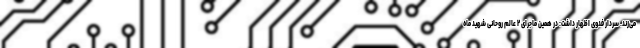
می‌زند. سردار فدوی اظهار داشت: در همین ماجرای ۲ عالم روحانی شهید ماه